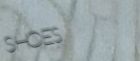
SHOES